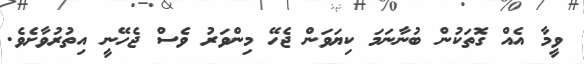
ވީމާ އެއް ގޮތަކުން ބުނާނަމަ ކިޔަވަން ޖެހޭ މިންވަރު ވެސް ޖެހޭނީ އިތުރުވާށެވެ.